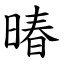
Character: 暙